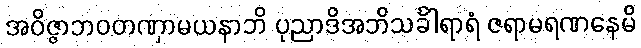
အဝိဇ္ဇာဘဝတဏှာမယနာဘိ ပုညာဒိအဘိသင်္ခါရာရံ ဇရာမရဏနေမိ